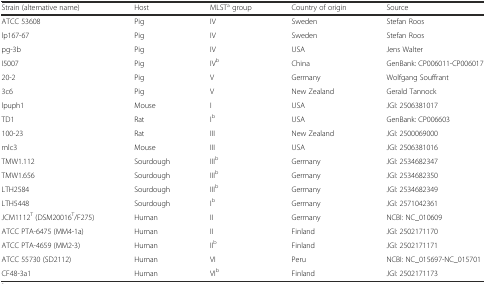
| Strain (alternative name) | Host | MLSTa group | Country of origin | Source |
 | --- | --- | --- | --- | --- |
 | ATCC 53608 | Pig | IV | Sweden | Stefan Roos |
 | lp167-67 | Pig | IV | Sweden | Stefan Roos |
 | pg-3b | Pig | IV | USA | Jens Walter |
 | I5007 | Pig | IVb | China | GenBank: CP006011-CP006017 |
 | 20-2 | Pig | V | Germany | Wolfgang Souffrant |
 | 3c6 | Pig | V | New Zealand | Gerald Tannock |
 | lpuph1 | Mouse | I | USA | JGI: 2506381017 |
 | TD1 | Rat | Ib | USA | GenBank: CP006603 |
 | 100-23 | Rat | III | New Zealand | JGI: 2500069000 |
 | mlc3 | Mouse | III | USA | JGI: 2506381016 |
 | TMW1.112 | Sourdough | IIIb | Germany | JGI: 2534682347 |
 | TMW1.656 | Sourdough | IIIb | Germany | JGI: 2534682350 |
 | LTH2584 | Sourdough | IIIb | Germany | JGI: 2534682349 |
 | LTH5448 | Sourdough | Ib | Germany | JGI: 2571042361 |
 | JCM1112T (DSM20016T/F275) | Human | II | Germany | NCBI: NC_010609 |
 | ATCC PTA-6475 (MM4-1a) | Human | II | Finland | JGI: 2502171170 |
 | ATCC PTA-4659 (MM2-3) | Human | IIb | Finland | JGI: 2502171171 |
 | ATCC 55730 (SD2112) | Human | VI | Peru | NCBI: NC_015697-NC_015701 |
 | CF48-3a1 | Human | VIb | Finland | JGI: 2502171173 |